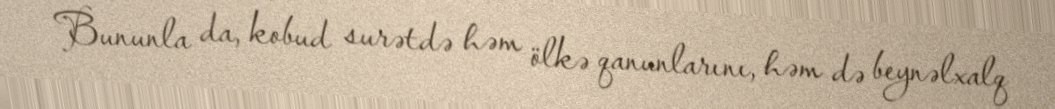
Bununla da, kobud surətdə həm ölkə qanunlarını, həm də beynəlxalq